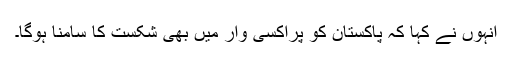
انہوں نے کہا کہ پاکستان کو پراکسی وار میں بھی شکست کا سامنا ہوگا۔